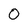
Character: 0